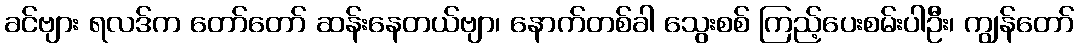
ခင်ဗျား ရလဒ်က တော်တော် ဆန်းနေတယ်ဗျာ၊ နောက်တစ်ခါ သွေးစစ် ကြည့်ပေးစမ်းပါဦး၊ ကျွန်တော်